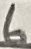
Text: 6